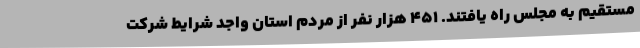
مستقیم به مجلس راه یافتند. 451 هزار نفر از مردم استان واجد شرایط شرکت